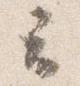
云